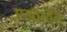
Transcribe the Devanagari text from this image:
एन्तार्तेते